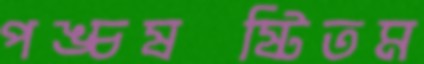
পঙ্চষষ্টিতম